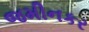
જમીનકર